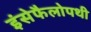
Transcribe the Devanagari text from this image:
इंसेफैलोपथी